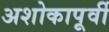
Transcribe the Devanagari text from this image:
अशोकापूर्वी